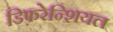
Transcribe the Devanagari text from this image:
डिफ़रेन्शियल